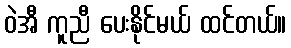
ဝဲအီ ကူညီ ပေးနိုင်မယ် ထင်တယ်။